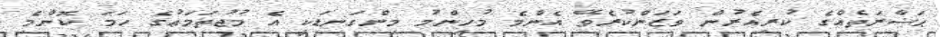
ޙަޟާރަތެއްގެ ކުރިއެރުން ވަޒަންކުރެވޭ އެންމެ މުހިންމު މިންގަނޑަކީ އެ މުޖުތަމަޢުގެ ހަމަ ކޮންމެ